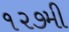
૧૨૭મી